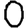
Digit: 0